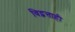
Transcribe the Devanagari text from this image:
विद्वत्ताही